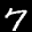
Label: 7